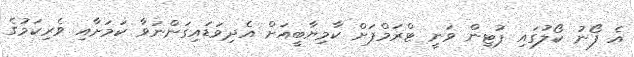
އެ ފޯނު ކޯލުގައި ޕުޓިން ވަނީ ޓްރަމްޕަށް ކާމިޔާބީއަށް އެދިވަޑައިގަންނަވާ ކަމަށާއި ވެރިކަމުގެ